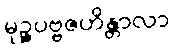
မုဉ္ဇပဗ္ဗဇဟိန္တာလာ